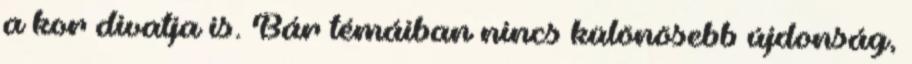
a kor divatja is. Bár témáiban nincs különösebb újdonság,